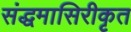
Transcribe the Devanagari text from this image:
संद्धमासिरीकृत